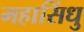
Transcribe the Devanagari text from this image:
महासिंधु